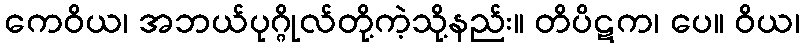
ကေဝိယ၊ အဘယ်ပုဂ္ဂိုလ်တို့ကဲ့သို့နည်း။ တိပိဋက၊ ပေ။ ဝိယ၊